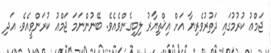
ޖަމްޢު ކުރުމުގައި ދަތުރުވެރިޔާ އަށް އިޚްތިޔާރު ލިބިގެންވެއެވެ. ބޭނުންނަމަ ޖަމްޢު ކުރަންވީއެވެ. އަދި